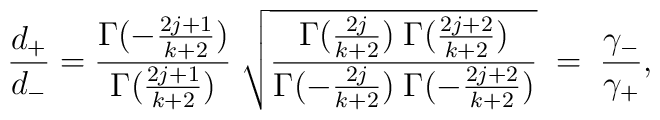
\frac{d_{+}}{d_{-}} =\frac{ \Gamma(-\frac{2 j + 1}{k+2})}{\Gamma(\frac{2 j + 1}{k+2})} \;\sqrt{\frac{\Gamma(\frac{2 j }{k+2})\; \Gamma(\frac{2 j + 2}{k+2})}{\Gamma(-\frac{2 j }{k+2})\; \Gamma(-\frac{2 j + 2}{k+2})}} \; = \;\frac{\gamma_{-}}{\gamma_{+}},